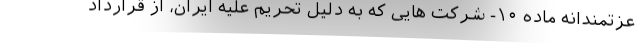
عزتمندانه ماده ۱۰- شرکت هایی که به دلیل تحریم علیه ایران، از قرارداد